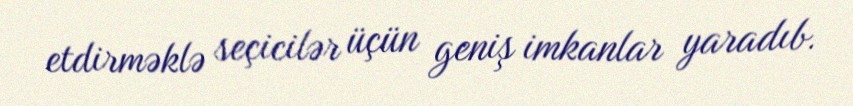
etdirməklə seçicilər üçün geniş imkanlar yaradıb.